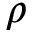
\rho